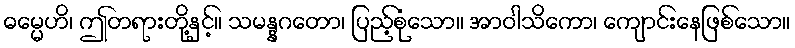
ဓမ္မေဟိ၊ ဤတရားတို့နှင့်။ သမန္နဂတော၊ ပြည့်စုံသော။ အာဝါသိကော၊ ကျောင်းနေဖြစ်သော။